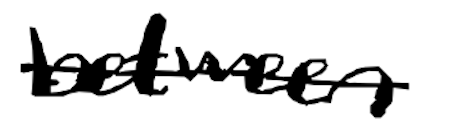
Text: between
Cross-out: mix
Writing tool: digital_black